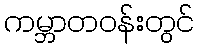
ကမ္ဘာတဝန်းတွင်